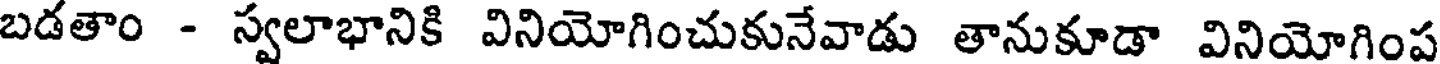
బడతాం - స్వలాభానికి వినియోగించుకునేవాడు తానుకూడా వినియోగింప